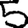
Digit: 5